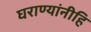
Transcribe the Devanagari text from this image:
घराण्यांनीहि